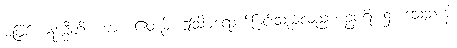
မဖြစ်။ ဣဒမ္ပီတိ၊ ကား။ ဧတမ္ပိ၊ ဤသို့မရောက်ခြင်းသည်လည်း။ ဥပရိ၊ ၌။ သေသာနိ၊